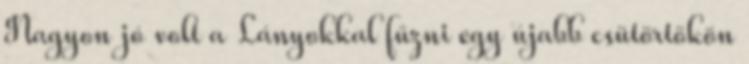
Nagyon jó volt a Lányokkal fűzni egy újabb csütörtökön